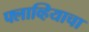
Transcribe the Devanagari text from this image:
फ्लाव्हियाचा